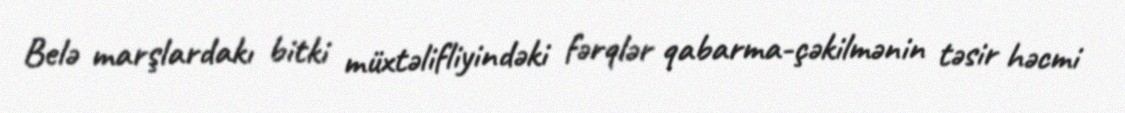
Belə marşlardakı bitki müxtəlifliyindəki fərqlər qabarma-çəkilmənin təsir həcmi